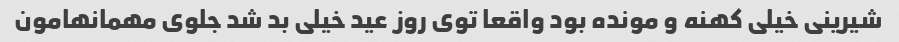
شیرینی خیلی کهنه و مونده بود واقعا توی روز عید خیلی بد شد جلوی مهمانهامون